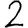
Digit: 2